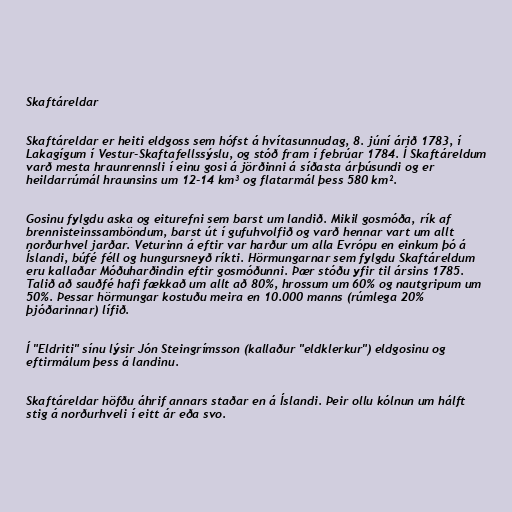
Skaftáreldar

Skaftáreldar er heiti eldgoss sem hófst á hvítasunnudag, 8. júní árið 1783, í
Lakagígum í Vestur-Skaftafellssýslu, og stóð fram í febrúar 1784. Í Skaftáreldum
varð mesta hraunrennsli í einu gosi á jörðinni á síðasta árþúsundi og er
heildarrúmál hraunsins um 12-14 km³ og flatarmál þess 580 km².

Gosinu fylgdu aska og eiturefni sem barst um landið. Mikil gosmóða, rík af
brennisteinssamböndum, barst út í gufuhvolfið og varð hennar vart um allt
norðurhvel jarðar. Veturinn á eftir var harður um alla Evrópu en einkum þó á
Íslandi, búfé féll og hungursneyð ríkti. Hörmungarnar sem fylgdu Skaftáreldum
eru kallaðar Móðuharðindin eftir gosmóðunni. Þær stóðu yfir til ársins 1785.
Talið að sauðfé hafi fækkað um allt að 80%, hrossum um 60% og nautgripum um
50%. Þessar hörmungar kostuðu meira en 10.000 manns (rúmlega 20%
þjóðarinnar) lífið.

Í "Eldriti" sínu lýsir Jón Steingrímsson (kallaður "eldklerkur") eldgosinu og
eftirmálum þess á landinu.

Skaftáreldar höfðu áhrif annars staðar en á Íslandi. Þeir ollu kólnun um hálft
stig á norðurhveli í eitt ár eða svo.